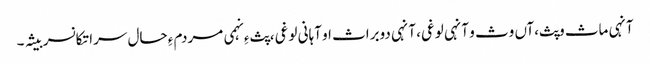
آنہی ماث وپث،آں وث و آنہی لوغی، آنہی دوبراث او آہانی لوغی، پث ءِ نہمی مردم ءِ حال سرا تکانسر بیثہ۔